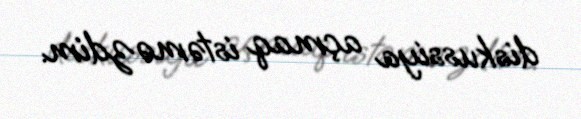
diskussiya açmaq istəməzdim.